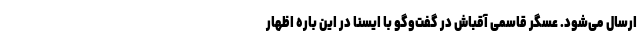
ارسال می‌شود. عسگر قاسمی آقباش در گفت‌وگو با ایسنا در این باره اظهار